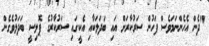
"ދެން އެހެންނަމަވެސް ފަހުން ސަރުކާރަށް އައި ބަދަލަކާއި އެކީގައި ސަރުކާރުގެ ޕޮލިސީ ބަދަލުވެގެން